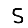
Digit: 5